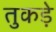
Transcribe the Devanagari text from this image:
तुकड़े